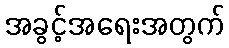
အခွင့်အရေးအတွက်